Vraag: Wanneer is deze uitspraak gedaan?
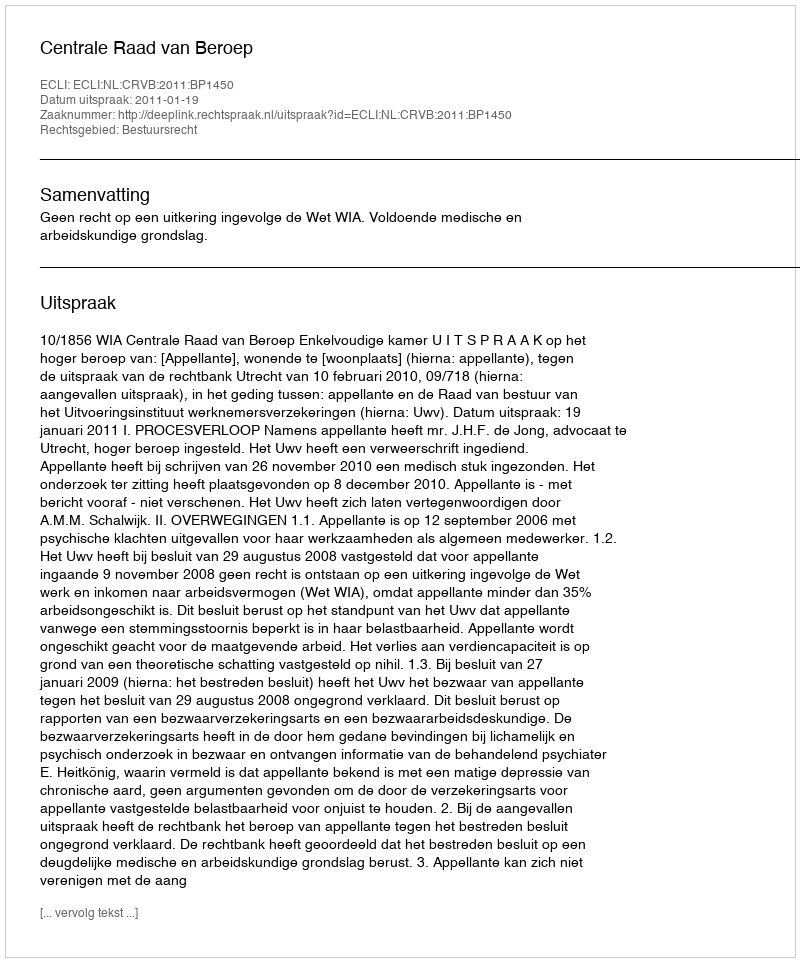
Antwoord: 2011-01-19